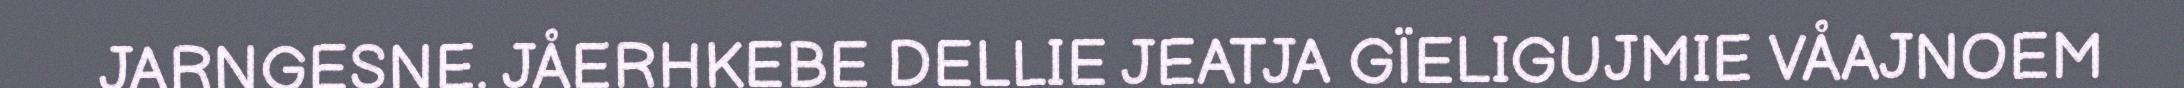
JARNGESNE. JÅERHKEBE DELLIE JEATJA GÏELIGUJMIE VÅAJNOEM